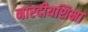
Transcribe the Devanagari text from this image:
नारदीयशिक्षा